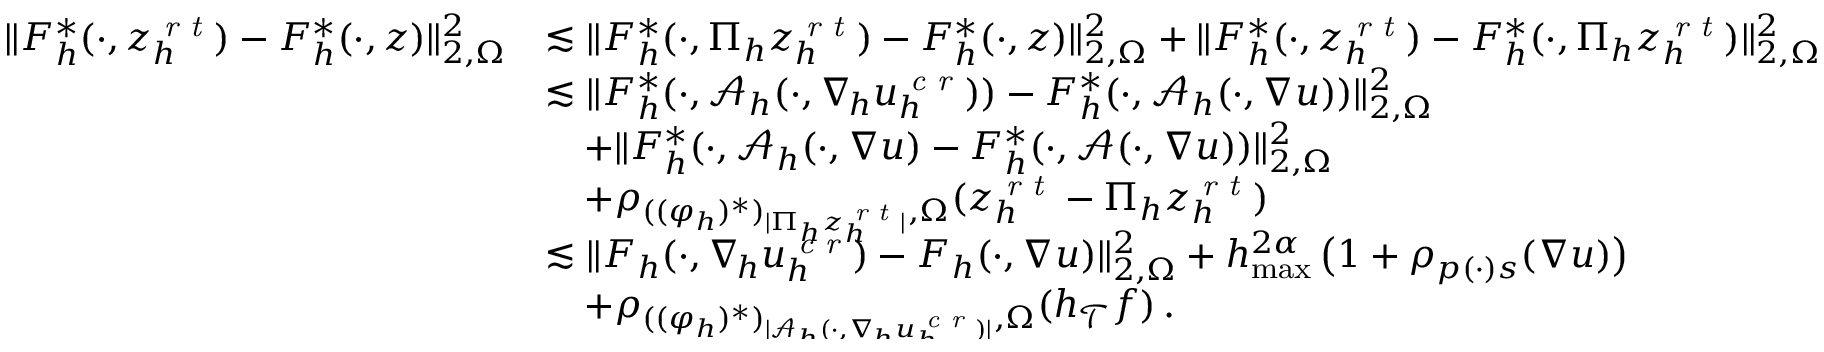
\begin{array} { r } { \begin{array} { r l } { \| F _ { h } ^ { * } ( \cdot , z _ { h } ^ { \textit { r t } } ) - F _ { h } ^ { * } ( \cdot , z ) \| _ { 2 , \Omega } ^ { 2 } } & { \lesssim \| F _ { h } ^ { * } ( \cdot , \Pi _ { h } z _ { h } ^ { \textit { r t } } ) - F _ { h } ^ { * } ( \cdot , z ) \| _ { 2 , \Omega } ^ { 2 } + \| F _ { h } ^ { * } ( \cdot , z _ { h } ^ { \textit { r t } } ) - F _ { h } ^ { * } ( \cdot , \Pi _ { h } z _ { h } ^ { \textit { r t } } ) \| _ { 2 , \Omega } ^ { 2 } } \\ & { \lesssim \| F _ { h } ^ { * } ( \cdot , \boldsymbol { \mathcal { A } } _ { h } ( \cdot , \nabla _ { \! h } u _ { h } ^ { \textit { c r } } ) ) - F _ { h } ^ { * } ( \cdot , \boldsymbol { \mathcal { A } } _ { h } ( \cdot , \nabla u ) ) \| _ { 2 , \Omega } ^ { 2 } } \\ & { \quad + \| F _ { h } ^ { * } ( \cdot , \boldsymbol { \mathcal { A } } _ { h } ( \cdot , \nabla u ) - F _ { h } ^ { * } ( \cdot , \boldsymbol { \mathcal { A } } ( \cdot , \nabla u ) ) \| _ { 2 , \Omega } ^ { 2 } } \\ & { \quad + \rho _ { ( ( \varphi _ { h } ) ^ { * } ) _ { \smash { \vert \Pi _ { h } z _ { h } ^ { \textit { r t } } \vert } } , \Omega } ( z _ { h } ^ { \textit { r t } } - \Pi _ { h } z _ { h } ^ { \textit { r t } } ) } \\ & { \lesssim \| F _ { h } ( \cdot , \nabla _ { \! h } u _ { h } ^ { \textit { c r } } ) - F _ { h } ( \cdot , \nabla u ) \| _ { 2 , \Omega } ^ { 2 } + h _ { \operatorname* { m a x } } ^ { 2 \alpha } \, \big ( 1 + \rho _ { p ( \cdot ) s } ( \nabla u ) \big ) } \\ & { \quad + \rho _ { ( ( \varphi _ { h } ) ^ { * } ) _ { \smash { \vert \boldsymbol { \mathcal { A } } _ { h } ( \cdot , \nabla _ { \! h } u _ { h } ^ { \textit { c r } } ) \vert } } , \Omega } ( h _ { \mathcal { T } } f ) \, . } \end{array} } \end{array}